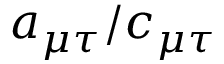
\ensuremath { a _ { \mu \tau } } / \ensuremath { c _ { \mu \tau } }